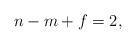
LaTeX: \begin{align*}n - m + f = 2,\end{align*}